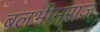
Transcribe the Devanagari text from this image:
बलभीमराज